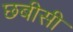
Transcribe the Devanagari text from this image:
छबीसी